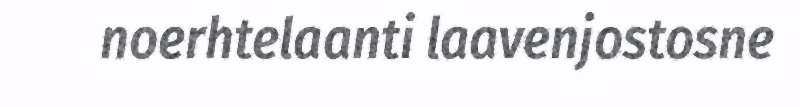
noerhtelaanti laavenjostosne